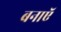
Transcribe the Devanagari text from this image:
बनाऍ